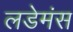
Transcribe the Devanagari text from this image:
लडेमंस